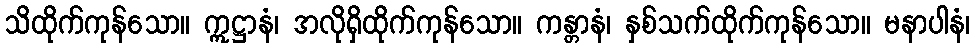
သိထိုက်ကုန်သော။ ဣဋ္ဌာနံ၊ အလိုရှိထိုက်ကုန်သော။ ကန္တာနံ၊ နှစ်သက်ထိုက်ကုန်သော။ မနာပါနံ၊